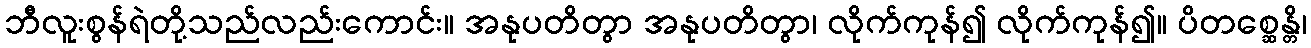
ဘီလူးစွန်ရဲတို့သည်လည်းကောင်း။ အနုပတိတွာ အနုပတိတွာ၊ လိုက်ကုန်၍ လိုက်ကုန်၍။ ပိတစ္ဆေန္တိ၊